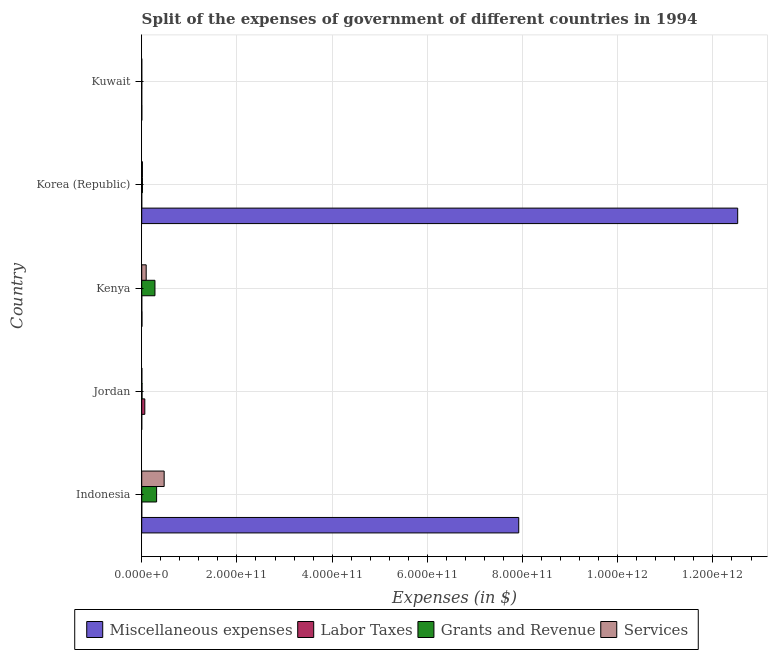
| Country | Miscellaneous expenses | Labor Taxes | Grants and Revenue | Services |
 | --- | --- | --- | --- | --- |
 | Indonesia | 7.92e+11 | 7.8e+07 | 3.13e+10 | 4.71e+10 |
 | Jordan | 3.34e+07 | 6.49e+09 | 6.73e+08 | 3e+08 |
 | Kenya | 5.16e+08 | 1.37e+08 | 2.78e+10 | 9.37e+09 |
 | Korea (Republic) | 1.25e+12 | 2.05e+07 | 1.49e+09 | 1.48e+09 |
 | Kuwait | 2.33e+08 | 9.53e+06 | 1.19e+08 | 8.89e+07 |